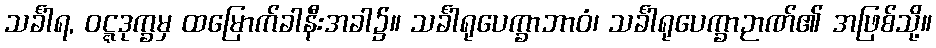
သင်္ခါရ, ဝဋ္ဋဒုက္ခမှ ထမြောက်ခါနီးအခါ၌။ သင်္ခါရုပေက္ခာဘာဝံ၊ သင်္ခါရုပေက္ခာဉာဏ်၏ အဖြစ်သို့။